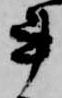
書